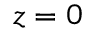
z = 0